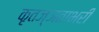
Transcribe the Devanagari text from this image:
कृतज्ञताभरी